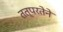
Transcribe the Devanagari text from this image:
तत्‍परतेने